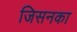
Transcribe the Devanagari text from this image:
जिसनका